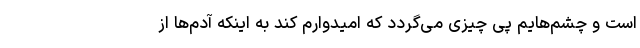
است و چشم‌هایم پی چیزی می‌گردد که امیدوارم کند به اینکه آدم‌ها از